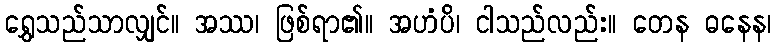
ရွှေသည်သာလျှင်။ အဿ၊ ဖြစ်ရာ၏။ အဟံပိ၊ ငါသည်လည်း။ တေန ဓနေန၊